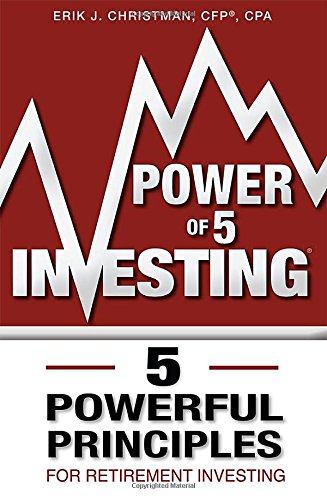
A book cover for Power of 5 Investing: 5 Powerful Principles For Retirement Investing; Erik J. Christman CFPÂ®  CPA; Business & Money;